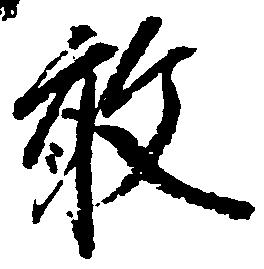
敢